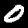
Label: 0